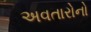
અવતારોનો